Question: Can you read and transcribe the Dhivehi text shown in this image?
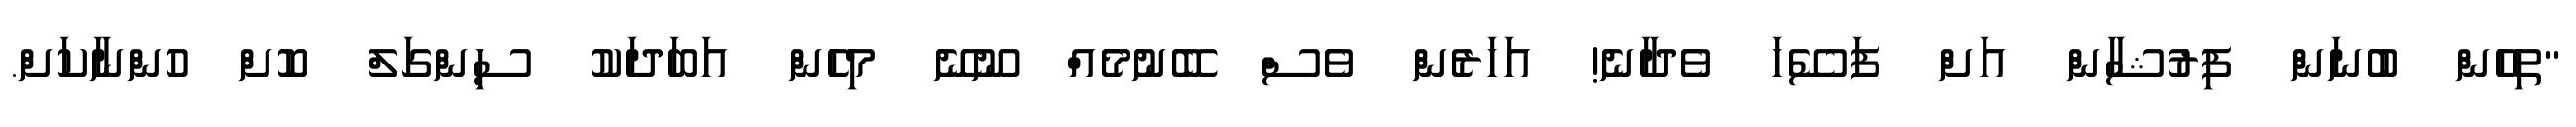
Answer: "ތިހެން ބުނަން ފިރުޝާން އަށް ފަސޭހަ ވެދާނެ! އަހަރެން ވެސް ބޭނުމެއް ނޫނޭ މިހެން އަބަދަކު ސިންގަލް ކޮށް ހުންނާކަށް.